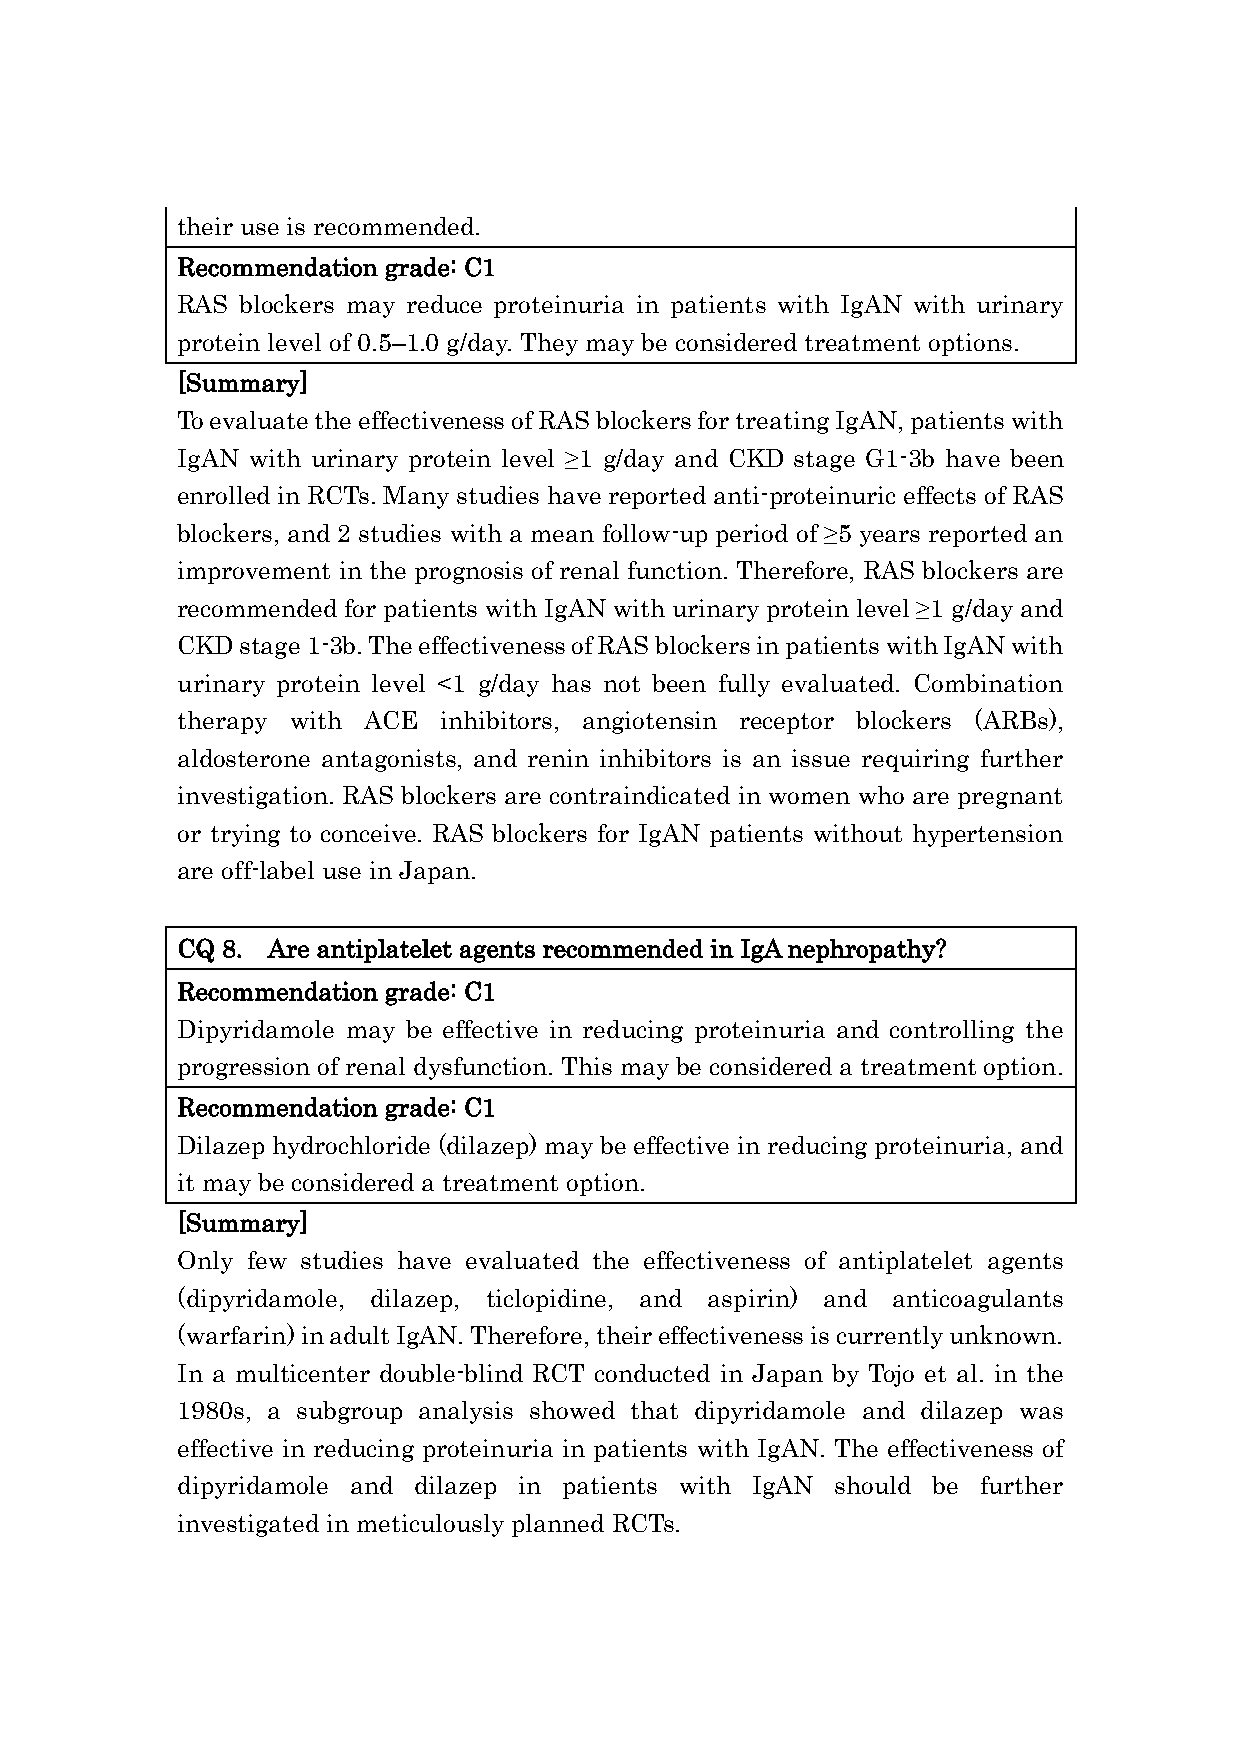
their use is recommended.
 Recommendation grade: C1
 RAS blockers may reduce proteinuria in patients with IgAN with urinary
 protein level of 0.5–1.0 g/day. They may be considered treatment options.
 [Summary]
 To evaluate the effectiveness of RAS blockers for treating IgAN, patients with
 IgAN with urinary protein level ≥1 g/day and CKD stage G1-3b have been
 enrolled in RCTs. Many studies have reported anti-proteinuric effects of RAS
 blockers, and 2 studies with a mean follow-up period of ≥5 years reported an
 improvement in the prognosis of renal function. Therefore, RAS blockers are
 recommended for patients with IgAN with urinary protein level ≥1 g/day and
 CKD stage 1-3b. The effectiveness of RAS blockers in patients with IgAN with
 urinary protein level <1 g/day has not been fully evaluated. Combination
 therapy with ACE inhibitors, angiotensin receptor blockers (ARBs),
 aldosterone antagonists, and renin inhibitors is an issue requiring further
 investigation. RAS blockers are contraindicated in women who are pregnant
 or trying to conceive. RAS blockers for IgAN patients without hypertension
 are off-label use in Japan.
 CQ 8. Are antiplatelet agents recommended in IgA nephropathy?
 Recommendation grade: C1
 Dipyridamole may be effective in reducing proteinuria and controlling the
 progression of renal dysfunction. This may be considered a treatment option.
 Recommendation grade: C1
 Dilazep hydrochloride (dilazep) may be effective in reducing proteinuria, and
 it may be considered a treatment option.
 [Summary]
 Only few studies have evaluated the effectiveness of antiplatelet agents
 (dipyridamole, dilazep, ticlopidine, and aspirin) and anticoagulants
 (warfarin) in adult IgAN. Therefore, their effectiveness is currently unknown.
 In a multicenter double-blind RCT conducted in Japan by Tojo et al. in the
 1980s, a subgroup analysis showed that dipyridamole and dilazep was
 effective in reducing proteinuria in patients with IgAN. The effectiveness of
 dipyridamole and dilazep in patients with IgAN should be further
 investigated in meticulously planned RCTs.